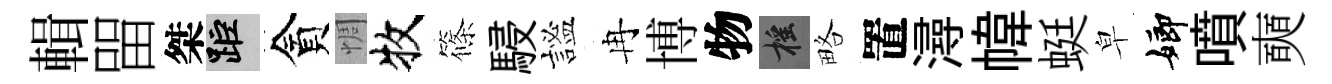
輯㽞桀距貪惆牧篠駸謐冉博物摇略置潯幃蜓皁嫏噴奭